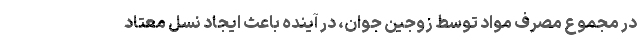
در مجموع مصرف مواد توسط زوجین جوان، در آینده باعث ایجاد نسل معتاد